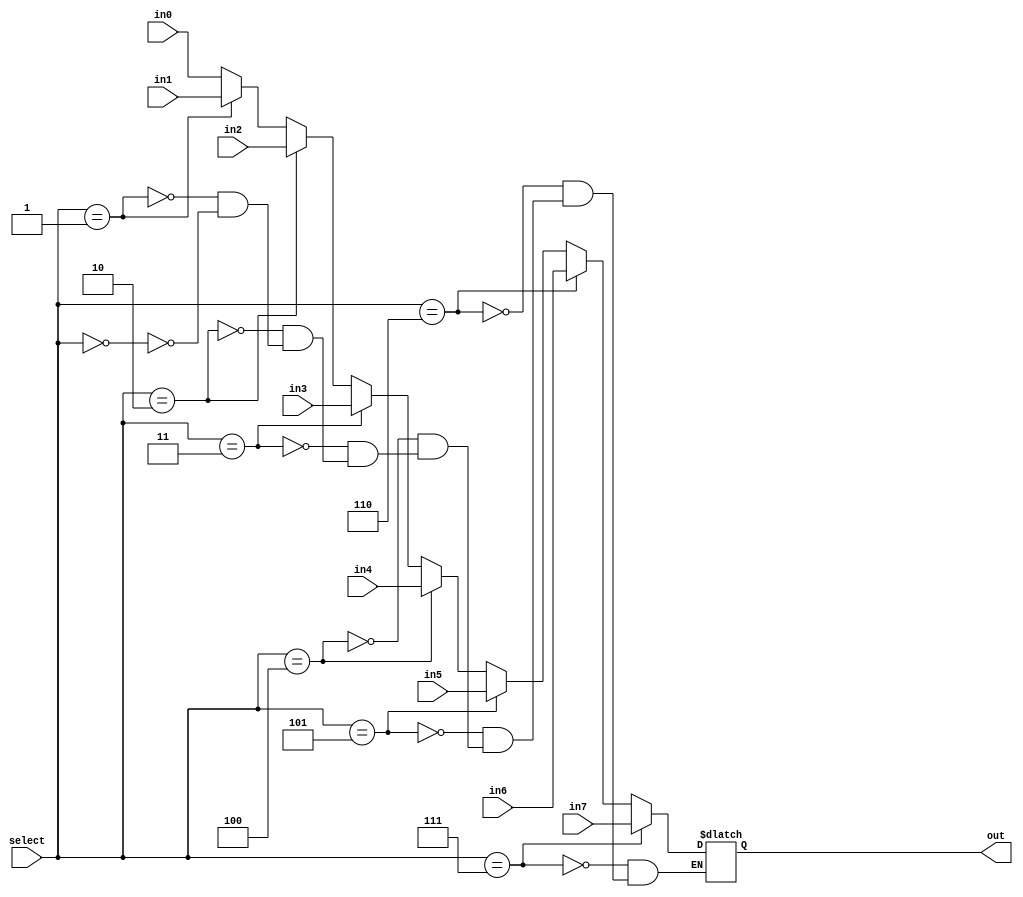
`timescale 1ns / 1ps
//////////////////////////////////////////////////////////////////////////////////
// Company: 
// Engineer: 
// 
// Design Name: 
// Module Name:    mux_8to1 
// Project Name: 
// Target Devices: 
// Tool versions: 
// Description: 
//
// Dependencies: 
//
// Revision: 
// Revision 0.01 - File Created
// Additional Comments: 
//
//////////////////////////////////////////////////////////////////////////////////
module mux_8to1(
input in0, in1, in2, in3, in4, in5, in6, in7,   
input [2:0] select,
output reg out
);

always @*
begin
	if (select == 0)
		out = in0;
	if (select == 1)
		out = in1;
	if (select == 2)
		out = in2;
	if (select == 3)
		out = in3;
	if (select == 4)
		out = in4;
	if (select == 5)
		out = in5;
	if (select == 6)
		out = in6;
	if (select == 7)
		out = in7;
end
endmodule